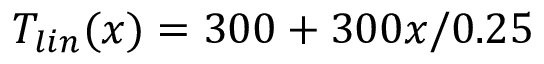
T _ { l i n } ( x ) = 3 0 0 + 3 0 0 x / 0 . 2 5